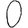
Digit: 0